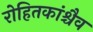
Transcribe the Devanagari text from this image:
रोहितकांश्चैव